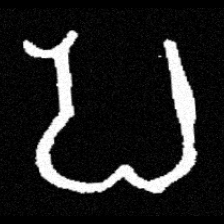
Pyu character \u2014 Myanmar letter: ပ (romanized: pa)